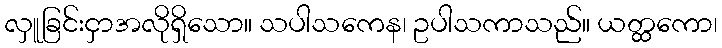
လှူခြင်းငှာအလိုရှိသော။ သပါသကေန၊ ဥပါသကာသည်။ ယတ္ထကော၊